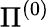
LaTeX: \Pi^{(0)}